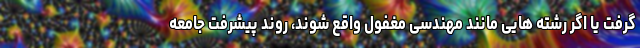
گرفت یا اگر رشته هایی مانند مهندسی مغفول واقع شوند، روند پیشرفت جامعه